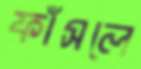
ফাঁসলে